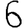
Digit: 6